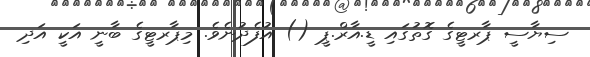
ސިޔާސީ ޕާރޓީގެ ގޮތުގައި ޑީ.އާރް.ޕީ () އުފެދުނެވެ. މިޕާރޓީގެ ބާނީ އަކީ އަދި